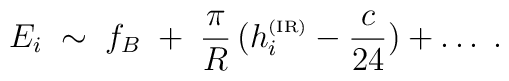
E_i \;\sim\;     f_B\;+\;     \frac\pi R\,      (h_i^{\hbox{\tiny (IR)}} - \frac c{24}) + \ldots\;.